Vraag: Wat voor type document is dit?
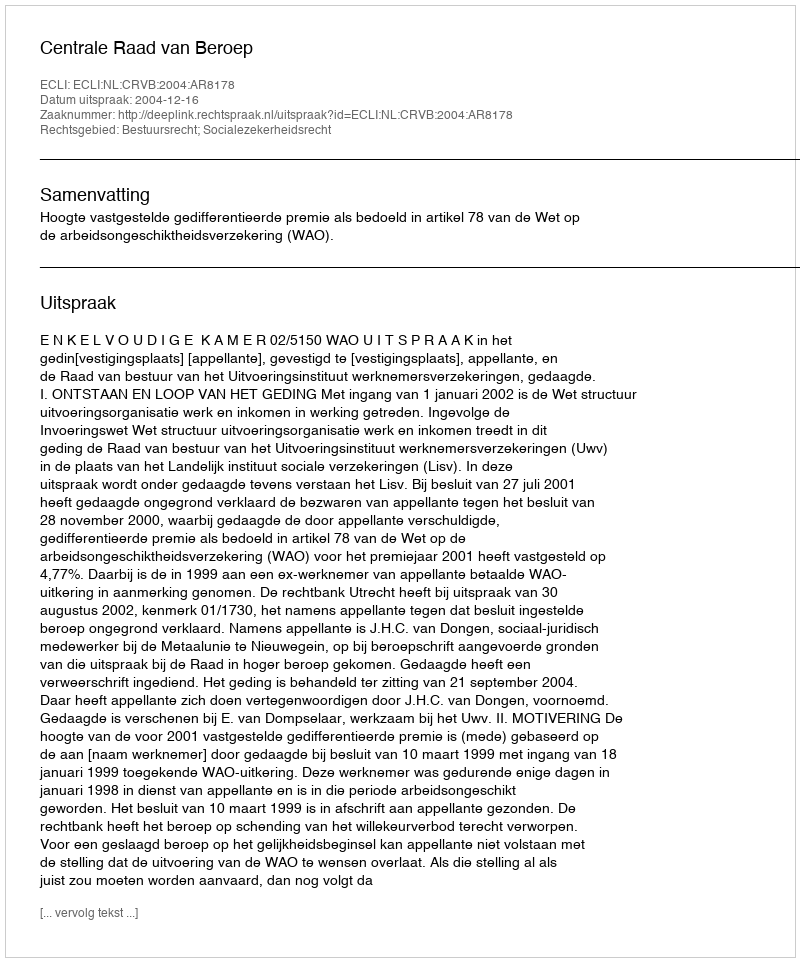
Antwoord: Uitspraak